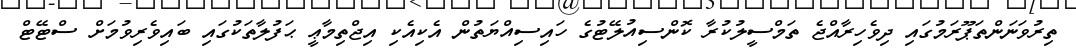
ތިރުވަނަންތަޕޫރަމުގައި ދިވެހިރާއްޖެ ތަމްސީލުކުރާ ކޮންސިއުލޭޓުގެ ހައިސިއްޔަތުން އެކިއެކި އިޖްތިމާޢީ ޙަފުލާތަކުގައި ބައިވެރިވުމަށް ސްޓޭޓް